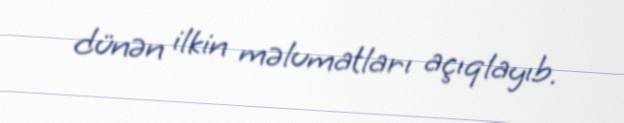
dünən ilkin məlumatları açıqlayıb.